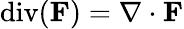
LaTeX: \operatorname{div}(\mathbf{F})=\nabla\cdot\mathbf{F}